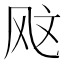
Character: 𫠇